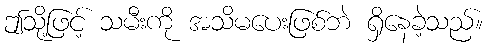
ဤသို့ဖြင့် သမီးကို အသိမပေးဖြစ်ဘဲ ရှိနေခဲ့သည်။